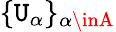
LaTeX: \{ \mathtt{U}_{\alpha}\} _{\alpha\inA}